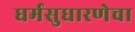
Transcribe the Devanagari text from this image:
धर्मसुधारणेचा